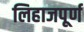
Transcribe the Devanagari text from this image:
लिहाजपूर्ण